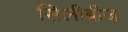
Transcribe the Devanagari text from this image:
सिलीबीज